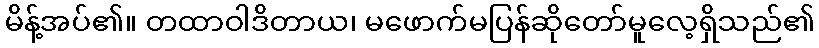
မိန့်အပ်၏။ တထာဝါဒိတာယ၊ မဖောက်မပြန်ဆိုတော်မူလေ့ရှိသည်၏